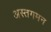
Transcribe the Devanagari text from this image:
अस्तगमन